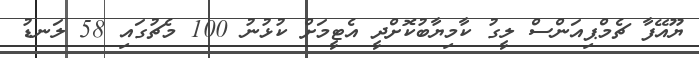
ޔޫއޭފާ ޗެމްޕިއަންސް ލީގު ކާމިޔާބުކޮށްދީ އެޓީމަށް ކުޅުނު 100 މެޗުގައި 58 ލަނޑު